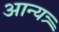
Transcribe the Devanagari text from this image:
आन्यत्र्